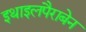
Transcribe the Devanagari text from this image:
इथाइलपैराबेन